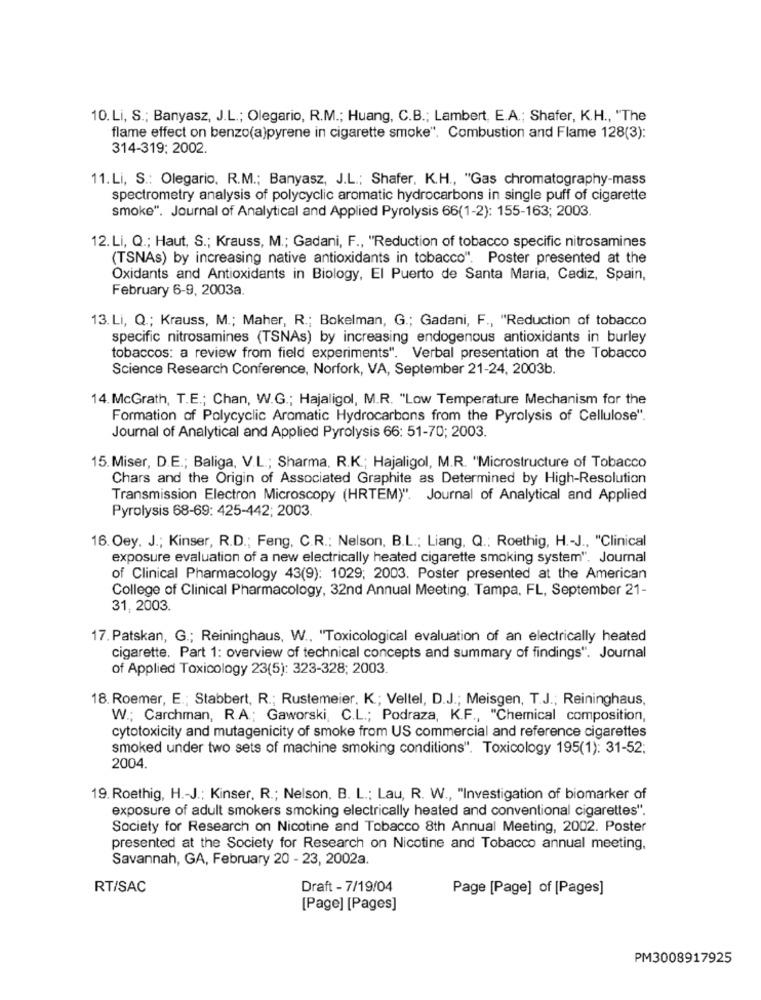
10. Li, S .; Banyasz, J.L .; Olegario, R.M .; Huang, C.B .; Lambert, E.A .; Shafer, K.H ., "The
flame effect on benzo(a)pyrene in cigarette smoke". Combustion and Flame 128(3):
314-319: 2002.
11. Li, S .: Olegario. R.M .; Banyasz, J.L .; Shafer, K.H ., "Gas chromatography-mass
spectrometry analysis of polycyclic aromatic hydrocarbons in single puff of cigarette
smoke". Journal of Analytical and Applied Pyrolysis 66(1-2): 155-163; 2003.
12. Li, Q .; Haut, S .; Krauss, M .; Gadani, F ., "Reduction of tobacco specific nitrosamines
(TSNAs) by increasing native antioxidants in tobacco". Poster presented at the
Oxidants and Antioxidants in Biology, El Puerto de Santa Maria, Cadiz, Spain,
February 6-9, 2003a.
13. Li, Q .; Krauss, M .; Maher, R .; Bokelman, G .; Gadani, F ., "Reduction of tobacco
specific nitrosamines (TSNAs) by increasing endogenous antioxidants in burley
tobaccos: a review from field experiments". Verbal presentation at the Tobacco
Science Research Conference, Norfork, VA, September 21-24, 2003b.
14. McGrath, T.E .; Chan, W.G .; Hajaligol, M.R. "Low Temperature Mechanism for the
Formation of Polycyclic Aromatic Hydrocarbons from the Pyrolysis of Cellulose".
Journal of Analytical and Applied Pyrolysis 66: 51-70; 2003.
15. Miser, D.E .; Baliga, V.L .; Sharma. R.K .; Hajaligol, M.R. "Microstructure of Tobacco
Chars and the Origin of Associated Graphite as Determined by High-Resolution
Transmission Electron Microscopy (HRTEM)". Journal of Analytical and Applied
Pyrolysis 68-69: 425-442; 2003.
16. Oey. J .; Kinser, R.D .; Feng, C.R .: Nelson, B.L .; Liang, Q .; Roethig, H .- J ., "Clinical
exposure evaluation of a new electrically heated cigarette smoking system". Journal
of Clinical Pharmacology 43(9): 1029; 2003. Poster presented at the American
College of Clinical Pharmacology, 32nd Annual Meeting. Tampa, FL, September 21-
31, 2003.
17. Patskan, G .; Reininghaus, W ., "Toxicological evaluation of an electrically heated
cigarette. Part 1: overview of technical concepts and summary of findings". Journal
of Applied Toxicology 23(5): 323-328; 2003.
18. Roemer, E .; Stabbert, R .; Rustemeier. K .; Veltel, D.J .; Meisgen, T.J .; Reininghaus,
W .; Carchman, R.A .; Gaworski, C.L .; Podraza, K.F ., "Chemical composition,
cytotoxicity and mutagenicity of smoke from US commercial and reference cigarettes
smoked under two sets of machine smoking conditions". Toxicology 195(1): 31-52:
2004.
19. Roethig, H .- J .; Kinser, R .; Nelson, B. L .; Lau, R. W ., "Investigation of biomarker of
exposure of adult smokers smoking electrically heated and conventional cigarettes".
Society for Research on Nicotine and Tobacco 8th Annual Meeting, 2002. Poster
presented at the Society for Research on Nicotine and Tobacco annual meeting,
Savannah, GA, February 20 - 23, 2002a.
RT/SAC
Draft - 7/19/04
Page [Page] of [Pages]
[Page] [Pages]
PM3008917925